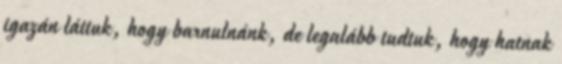
igazán láttuk, hogy barnulnánk, de legalább tudtuk, hogy hatnak